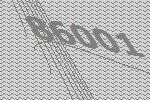
86001